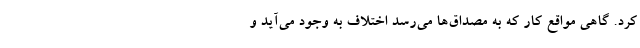
کرد. گاهی مواقع کار که به مصداق‌ها می‌رسد اختلاف به وجود می‌آید و